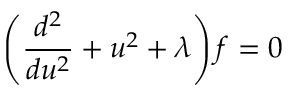
\left( { \frac { d ^ { 2 } } { d u ^ { 2 } } } + u ^ { 2 } + \lambda \right) f = 0